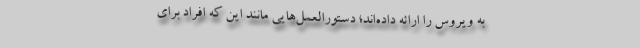
به ویروس را ارائه داده‌اند؛ دستورالعمل‌هایی مانند این که افراد برای